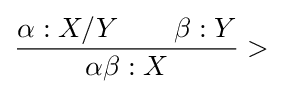
{\dfrac {\alpha :X/Y\qquad \beta :Y}{\alpha \beta :X}}>